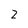
Character: 2